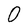
Character: O